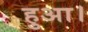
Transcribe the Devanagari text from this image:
हुअा।